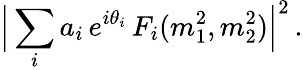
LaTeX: \Big|\sum_{i}a_{i}\, e^{i\theta_{i}}\, F_{i}(m_{1}^{2},m_{2}^{2})\Big|^{2}\, .